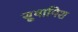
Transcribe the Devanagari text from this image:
सुवामिश